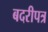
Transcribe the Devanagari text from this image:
बदरीपत्र